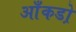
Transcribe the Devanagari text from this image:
आँकडो़